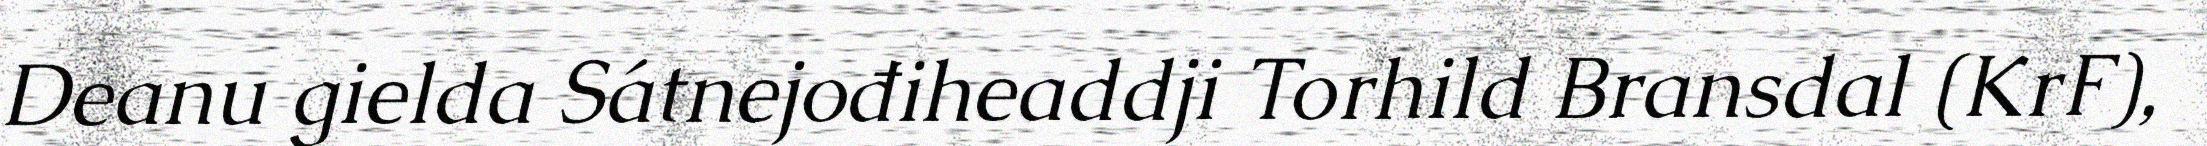
Deanu gielda Sátnejođiheaddji Torhild Bransdal (KrF),